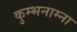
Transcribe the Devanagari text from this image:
कुम्भनाम्ना